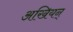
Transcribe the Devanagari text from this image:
अखियन्